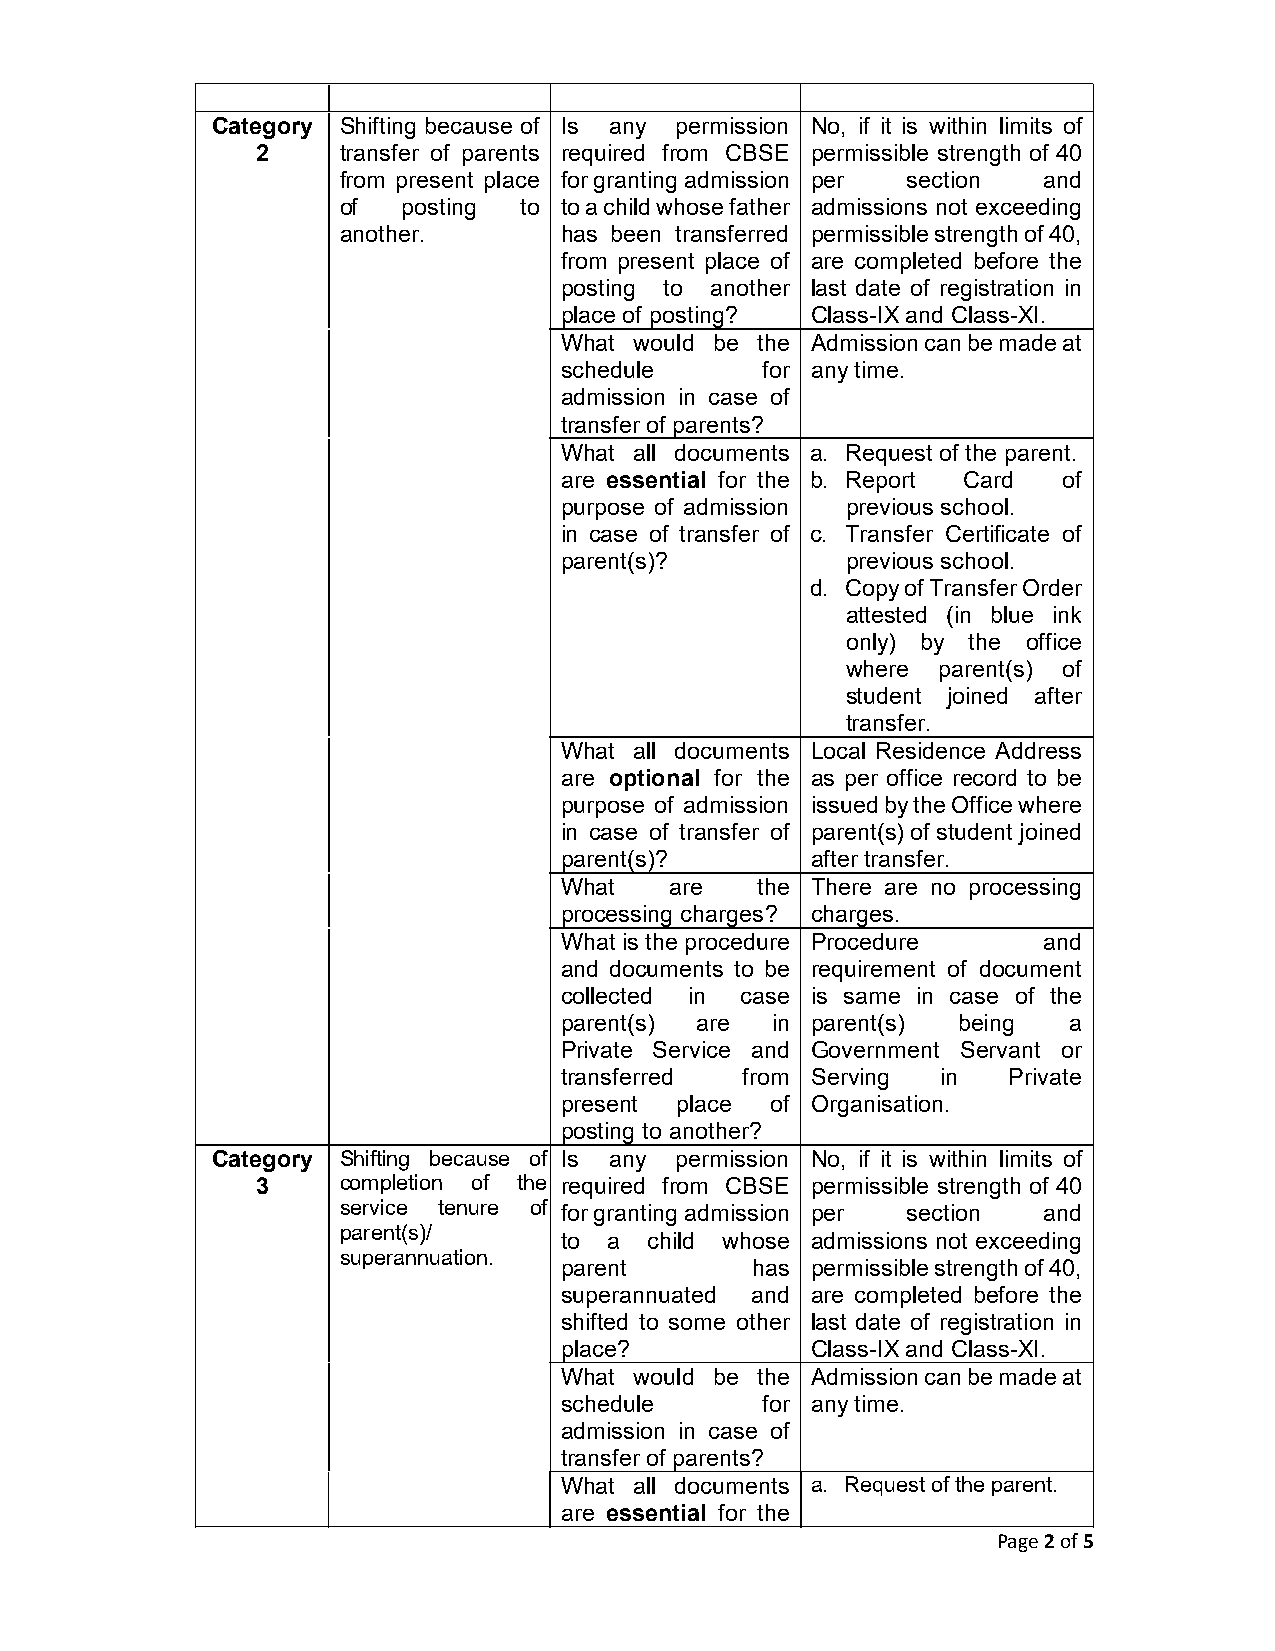
Category Shifting because of Is any permission No, if it is within limits of
 2    transfer of parents required from CBSE permissible strength of 40
 from present place for granting admission per section and
 of   posting to to a child whose father admissions not exceeding
 another.       has been transferred permissible strength of 40,
 from present place of are completed before the
 posting to another last date of registration in
 place of posting? Class-IX and Class-XI.
 What would be the Admission can be made at
 schedule     for any time.
 admission in case of
 transfer of parents?
 What all documents a. Request of the parent.
 are essential for the b. Report Card of
 purpose of admission previous school.
 in case of transfer of c. Transfer Certificate of
 parent(s)?         previous school.
 d. Copy of Transfer Order
 attested (in blue ink
 only) by the office
 where parent(s) of
 student joined after
 transfer.
 What all documents Local Residence Address
 are optional for the as per office record to be
 purpose of admission issued by the Office where
 in case of transfer of parent(s) of student joined
 parent(s)?       after transfer.
 What   are   the There are no processing
 processing charges? charges.
 What is the procedure Procedure and
 and documents to be requirement of document
 collected in case is same in case of the
 parent(s) are in parent(s) being  a
 Private Service and Government Servant or
 transferred from Serving in   Private
 present place of Organisation.
 posting to another?
 Category Shifting because of Is any permission No, if it is within limits of
 3    completion of the required from CBSE permissible strength of 40
 service tenure of for granting admission per section and
 parent(s)/
 to a  child whose admissions not exceeding
 superannuation.
 parent       has permissible strength of 40,
 superannuated and are completed before the
 shifted to some other last date of registration in
 place?           Class-IX and Class-XI.
 What would be the Admission can be made at
 schedule     for any time.
 admission in case of
 transfer of parents?
 What all documents a. Request of the parent.
 are essential for the
 Page 2 of 5